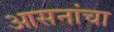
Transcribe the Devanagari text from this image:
आसनांचा